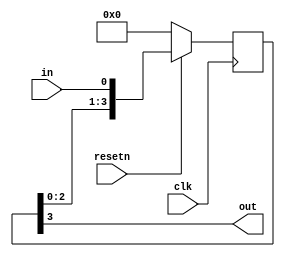
module top_module (
	input clk,
	input resetn,
	input in,
	output out
);

    reg [3:0] q;

	always @(posedge clk) begin
        if (~resetn) q <= 4'b0;
		else q <= {q[2:0], in};
	end
	assign out = q[3];

endmodule